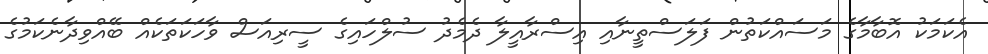
އެކަމަކު އޮބާމާގެ މަސައްކަތުން ފަލަސްތީނާއި އިސްރާއީލާ ދެމެދު ސުލްހައިގެ ސީރިއަސް ވާހަކަތަކެއް ބޭއްވިދާނެކަމުގެ